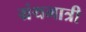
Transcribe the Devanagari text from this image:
ग्रंथमात्री